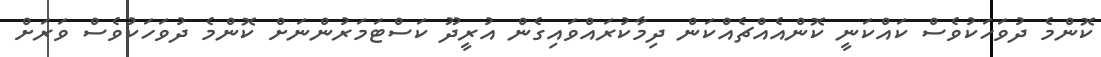
ކޮންމެ ދުވަހަކުވެސް ކައްކަނީ ކޮންއެއްޗެއްކަން ދިމާކުރައްވައިގެން އުރީދޫ ކަސްޓަމަރުންނަށް ކޮންމެ ދުވަހަކުވެސް ވަރަށް